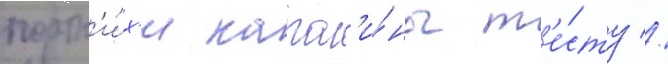
портн'и́х'и карол'и́ны т'е́сту //